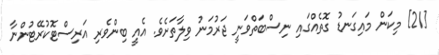
[21] މިކަން މައިގަނޑު ގޮތެއްގައި ނިސްބަތްވަނީ ޖަރުމަނު ވިލާތަށެވެ. އެއީ ބިންވެރި އަރިސްޓޮކުރޭޓުންނާ